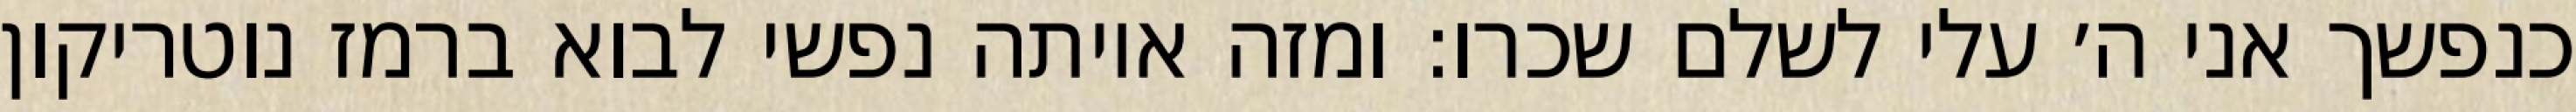
כנפשך אני ה׳ עלי לשלם שכרו: ומזה איותה נפשי לבוא ברמז נוטריקון